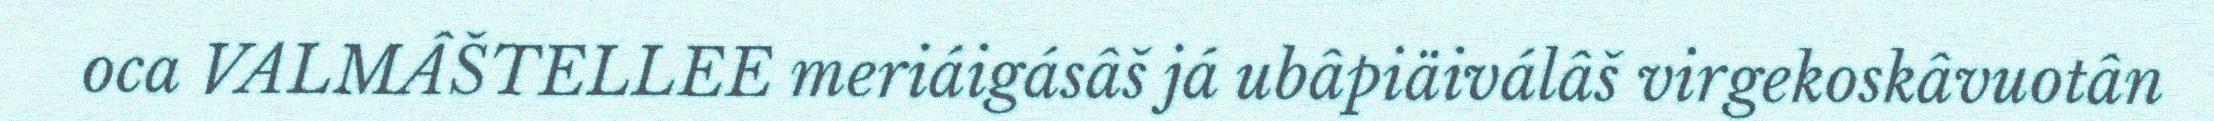
oca VALMÂŠTELLEE meriáigásâš já ubâpiäiválâš virgekoskâvuotân